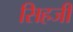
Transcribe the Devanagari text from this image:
सिहजी